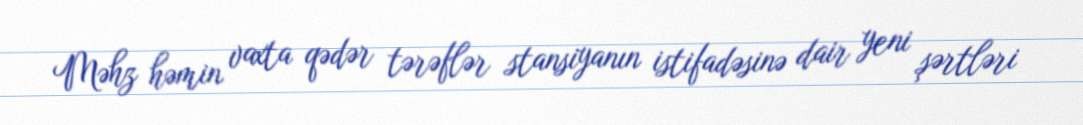
Məhz həmin vaxta qədər tərəflər stansiyanın istifadəsinə dair yeni şərtləri